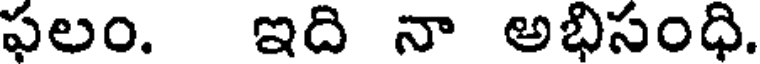
ఫలం. ఇది నా అభిసంధి.